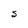
Character: S